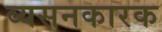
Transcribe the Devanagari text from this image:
व्यसनकारक